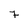
Character: 7